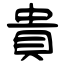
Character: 貴